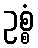
ဥစ္စံ